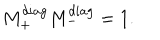
LaTeX: M _ { + } ^ { d i a g } M _ { - } ^ { d i a g } = 1 .